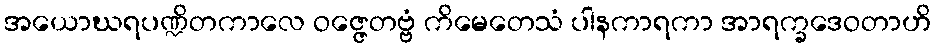
အယောဃရပဏ္ဍိတကာလေ ဝဇ္ဇေတဗ္ဗံ ကိမေတေသံ ပါနကာရကာ အာရက္ခဒေဝတာဟိ